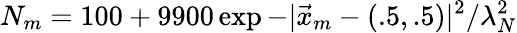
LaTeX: N_{m}=100+9900\exp{-|\vec{x}_{m}-(.5,.5)|^{2}/\lambda_{N}^{2}}